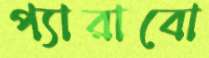
প্যারাবো